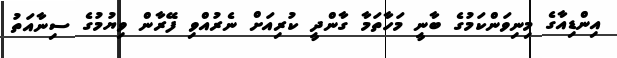
އިންޑިއާގެ މިނިވަންކަމުގެ ބާނީ މަހާތަމާ ގާންދީ ކުރިއަށް ނެރުއްވި ފޭރާން ވިޔުމުގެ ސިނާއަތު